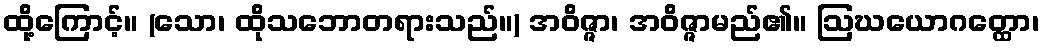
ထို့ကြောင့်။ (သော၊ ထိုသဘောတရားသည်။) အဝိဇ္ဇာ၊ အဝိဇ္ဇာမည်၏။ ဩဃယောဂတ္ထော၊